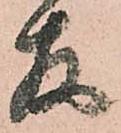
存